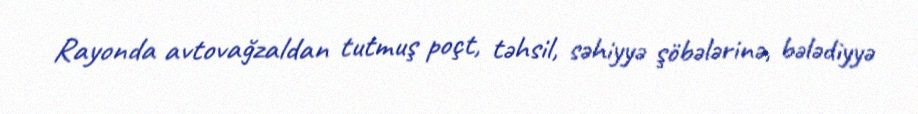
Rayonda avtovağzaldan tutmuş poçt, təhsil, səhiyyə şöbələrinə, bələdiyyə